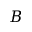
B